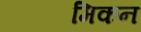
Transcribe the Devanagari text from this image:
मिकन